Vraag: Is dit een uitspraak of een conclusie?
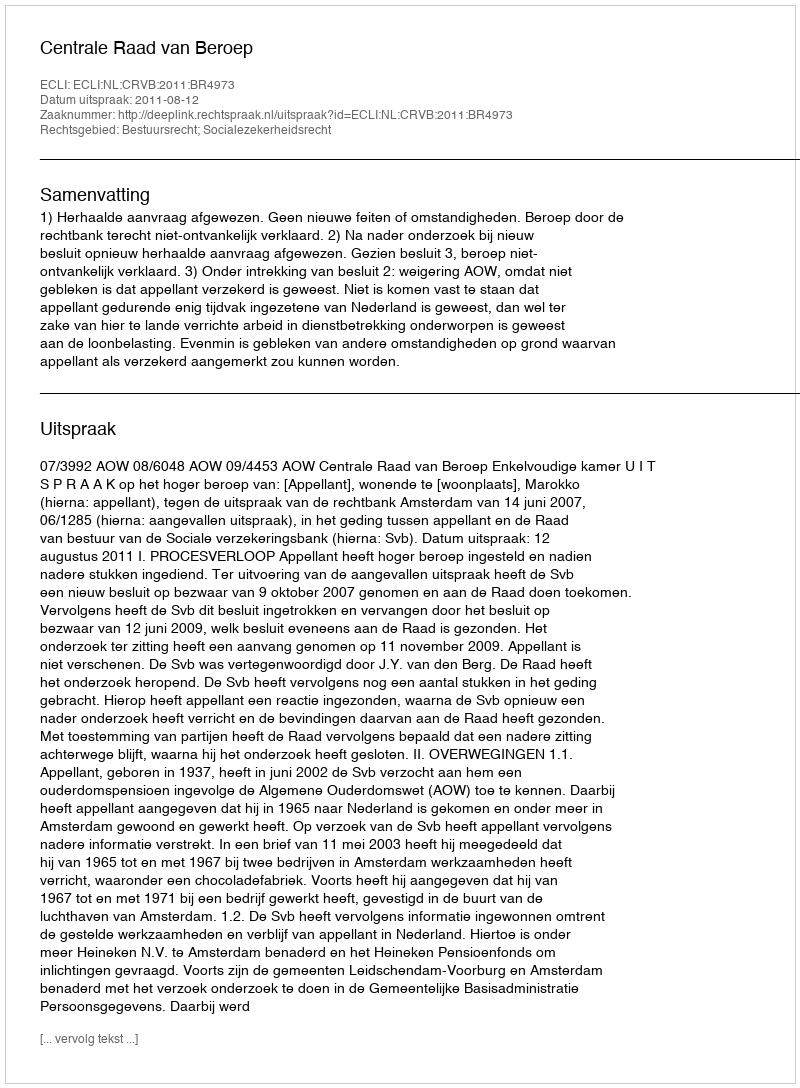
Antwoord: Uitspraak